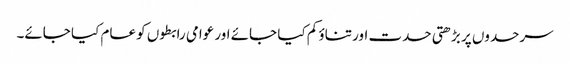
سرحدوں پر بڑھتی حدت اور تناؤ کم کیا جائے اور عوامی رابطوں کو عام کیا جائے۔